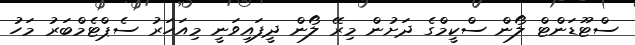
ސްޓޫޑަންޓް ލޯން ސްކީމްގެ ދަށުން މިރޭ ލޯން ދީފައިވަނީ މިއަހަރު ސެޕްޓެމްބަރު މަހު